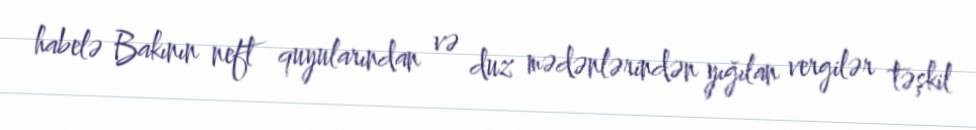
habelə Bakının neft quyularından və duz mədənlərindən yığılan vergilər təşkil